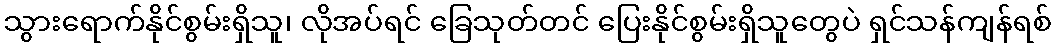
သွားရောက်နိုင်စွမ်းရှိသူ၊ လိုအပ်ရင် ခြေသုတ်တင် ပြေးနိုင်စွမ်းရှိသူတွေပဲ ရှင်သန်ကျန်ရစ်